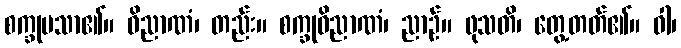
စက္ခုပသာ၏။ ဝိညာဏံ၊ တည်း။ စက္ခုဝိညာဏံ၊ ညာဉ်။ ဖုသတိ၊ တွေ့တတ်၏။ ဝါ၊